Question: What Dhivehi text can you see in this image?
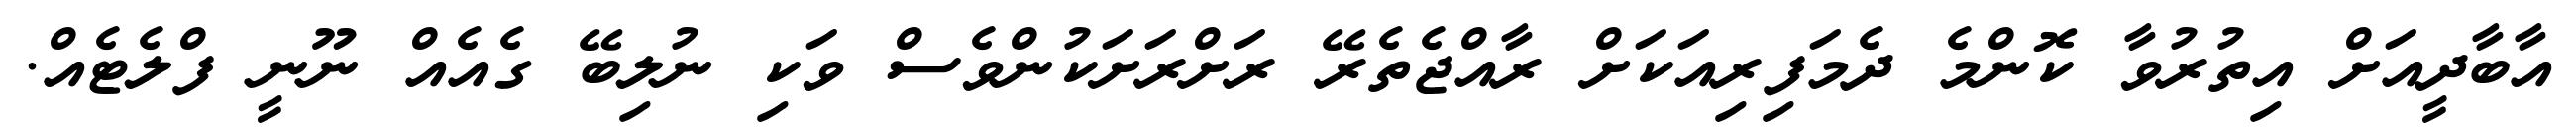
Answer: އާބާދީއަށް އިތުރުވާ ކޮންމެ ދެމަފިރިއަކަށް ރާއްޖެތެރޭ ރަށްރަށަކުންވެސް ވަކި ނުލިބޭ ގެއެއް ނޫނީ ފްލެޓެއް.